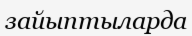
зайыптыларда